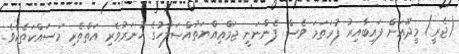
(ޖެރީ) މީދޫއަށް ފައިބާއިރު ފުރަތަމަ ވެސް ފެންނަނީ ޖަމްޢިއްޔަތުއްޞަލާހުގެ ހުނަރުވެރި އަތްތެރި މަސައްކަތެކެވެ.